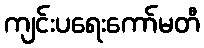
ကျင်းပရေးကော်မတီ